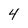
Character: 4